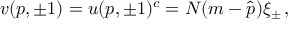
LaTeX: v ( p , \pm 1 ) = u ( p , \pm 1 ) ^ { c } = N ( m - \hat { p } ) \xi _ { \pm } \, ,